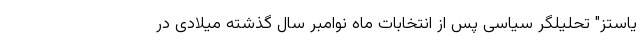
یاستز" تحلیلگر سیاسی پس از انتخابات ماه نوامبر سال گذشته میلادی در